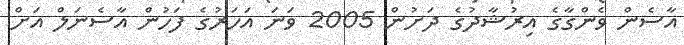
އާސެން ވެންގާގެ އިރުޝާދުގެ ދަށުން 2005 ވަނަ އަހަރުގެ ފަހުން އާސެނަލް އަށް